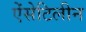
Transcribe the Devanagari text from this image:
ऐंसेटिलीन